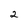
Character: 2